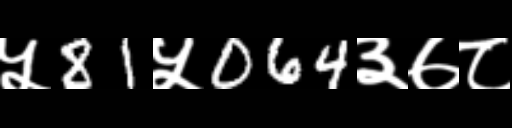
Text: ५81५064३७८